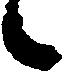
候